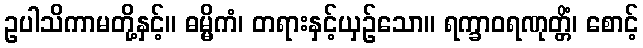
ဥပါသိကာမတို့နှင့်။ ဓမ္မိကံ၊ တရားနှင့်ယှဉ်သော။ ရက္ခာဝရဏုတ္တိံ၊ စောင့်